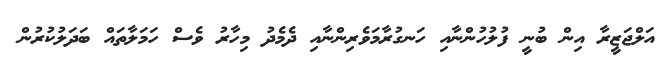
އަލްޖަޒީރާ އިން ބުނީ ފުލުހުންނާއި ހަނގުރާމަވެރިންނާއި ދެމެދު މިހާރު ވެސް ހަމަލާތައް ބަދަލުކުރުން